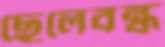
ছেলেবন্ধু